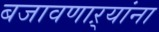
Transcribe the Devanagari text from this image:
बजावणाऱ्यांना